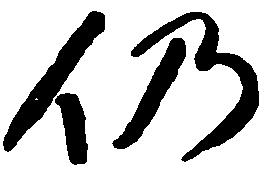
仍